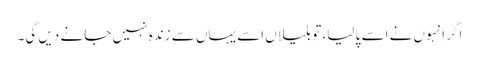
اگر انہوں نے اسے پا لیا، تو بلیاں اسے یہاں سے زندہ نہیں جا نے دیں گی۔